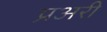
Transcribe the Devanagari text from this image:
प्रअरी